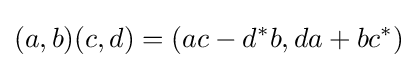
(a,b)(c,d)=(ac-d^{*}b,da+bc^{*})